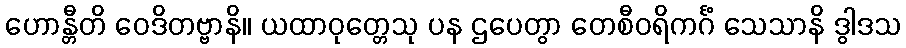
ဟောန္တီတိ ဝေဒိတဗ္ဗာနိ။ ယထာဝုတ္တေသု ပန ဌပေတွာ တေစီဝရိကင်္ဂံ သေသာနိ ဒွါဒသ